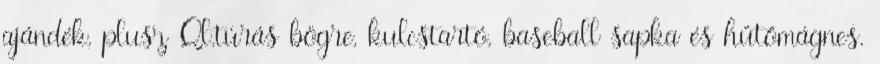
ajándék, plusz Ql.túrás bögre, kulcstartó, baseball sapka és hűtőmágnes.